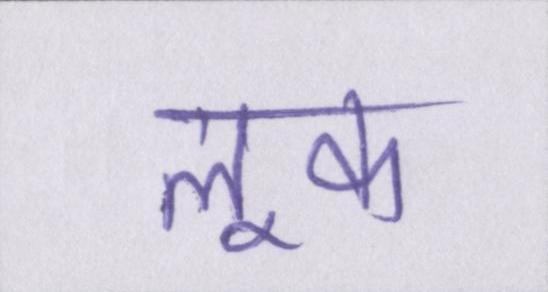
लूक